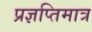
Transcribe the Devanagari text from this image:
प्रज्ञप्तिमात्र